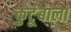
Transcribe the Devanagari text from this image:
कुटूंबाला